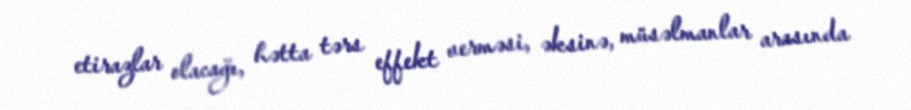
etirazlar olacağı, hətta tərs effekt verməsi, əksinə, müsəlmanlar arasında